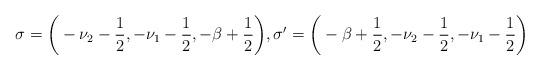
LaTeX: \begin{align*} \sigma=\bigg(-\nu_2-\frac{1}{2},-\nu_1-\frac{1}{2},-\beta+\frac{1}{2}\bigg),\sigma'=\bigg(-\beta+\frac{1}{2}, -\nu_2-\frac{1}{2}, -\nu_1-\frac{1}{2}\bigg) \end{align*}